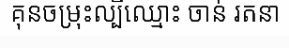
គុនចម្រុះល្បីឈ្មោះ ចាន់ រតនា